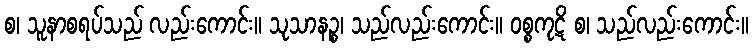
စ၊ သူနာစရပ်သည် လည်းကောင်း။ သုသာနဉ္စ၊ သည်လည်းကောင်း။ ဝစ္စကုဋိ စ၊ သည်လည်းကောင်း။